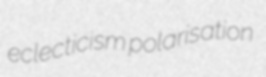
eclecticism polarisation